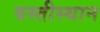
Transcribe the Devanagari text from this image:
वस्तीस्थान